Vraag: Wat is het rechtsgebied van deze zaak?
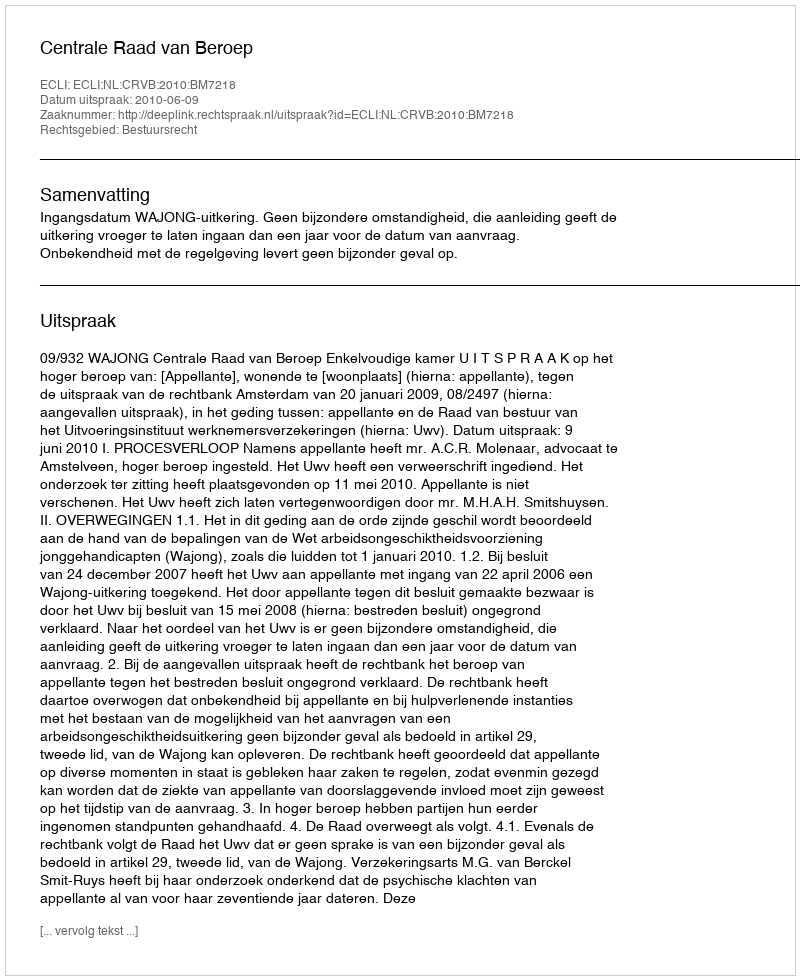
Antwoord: Bestuursrecht